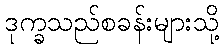
ဒုက္ခသည်စခန်းများသို့